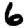
Digit: 6